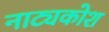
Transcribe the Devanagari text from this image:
नाट्यकोश